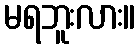
မရဘူးလား။